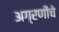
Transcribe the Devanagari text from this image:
अग्रणीचे